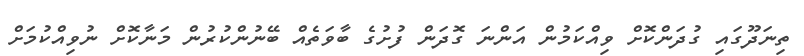
ތިނަދޫގައި ގުދަންކޮށް ވިއްކަމުން އަންނަ ގޮދަން ފުށުގެ ބާވަތެއް ބޭނުންކުރުން މަނާކޮށް ނުވިއްކުމަށް